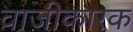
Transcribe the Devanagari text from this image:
वाजीकारक